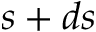
s + d s